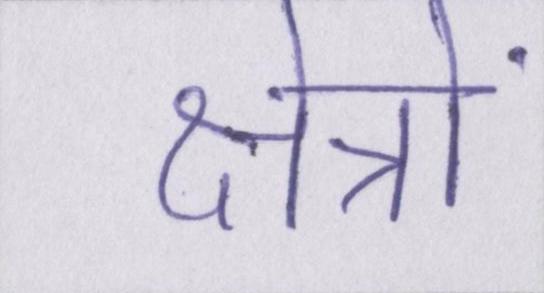
क्षेत्रों